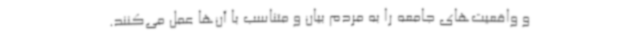
و واقعیت‌های جامعه را به مردم بیان و متناسب با آن‌ها عمل می‌کنند.